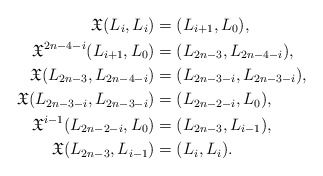
\begin{align*}\mathfrak{X}(L_i, L_i)&=(L_{i+1}, L_0),\\\mathfrak{X}^{2n-4-i}(L_{i+1}, L_0)&=(L_{2n-3}, L_{2n-4-i}),\\\mathfrak{X}(L_{2n-3}, L_{2n-4-i})&=(L_{2n-3-i}, L_{2n-3-i}),\\\mathfrak{X}(L_{2n-3-i}, L_{2n-3-i})&=(L_{2n-2-i}, L_{0}),\\\mathfrak{X}^{i-1}(L_{2n-2-i}, L_{0})&=(L_{2n-3}, L_{i-1}),\\\mathfrak{X}(L_{2n-3}, L_{i-1})&=(L_{i}, L_{i}).\end{align*}